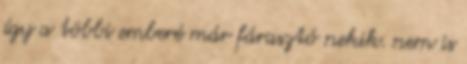
így a többi emberé már fárasztó nekik. nem is